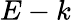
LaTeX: E-k